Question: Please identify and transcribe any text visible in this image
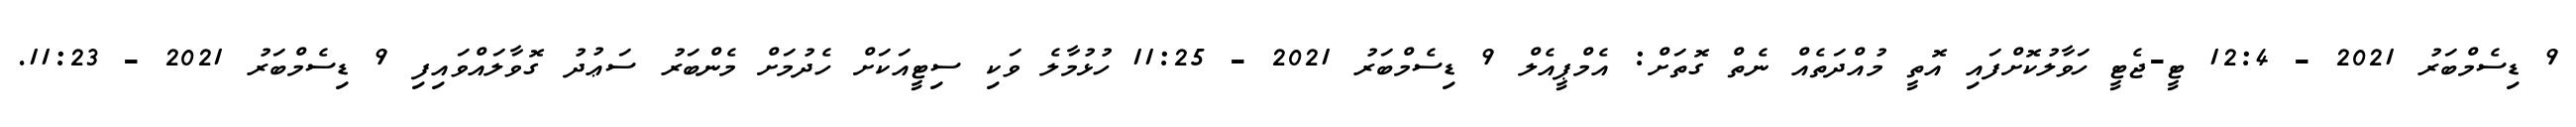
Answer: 9 ޑިސެމްބަރު 2021 - 12:4 ޓީ-ޖެޓީ ހަވާލުކޮށްފައި އޮތީ މުއްދަތެއް ނެތް ގޮތަށް: އެމްޕީއެލް 9 ޑިސެމްބަރު 2021 - 11:25 ހުޅުމާލެ ވަކި ސިޓީއަކަށް ހެދުމަށް މެންބަރު ސަޢުދު ގޮވާލައްވައިފި 9 ޑިސެމްބަރު 2021 - 11:23.